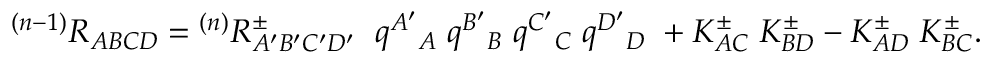
{ } ^ { ( n - 1 ) } R _ { A B C D } = { } ^ { ( n ) } R _ { A ^ { \prime } B ^ { \prime } C ^ { \prime } D ^ { \prime } } ^ { \pm } \; \; q ^ { A ^ { \prime } } { } _ { A } \; q ^ { B ^ { \prime } } { } _ { B } \; q ^ { C ^ { \prime } } { } _ { C } \; q ^ { D ^ { \prime } } { } _ { D } \; + K _ { A C } ^ { \pm } \; K _ { B D } ^ { \pm } - K _ { A D } ^ { \pm } \; K _ { B C } ^ { \pm } .